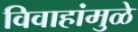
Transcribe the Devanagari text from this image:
विवाहांमुळे